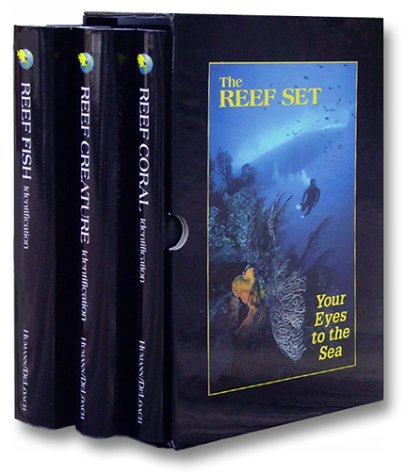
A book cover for The Reef Set: Reef Fish, Reef Creature and Reef Coral (3 Volumes); Paul Humann; Science & Math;